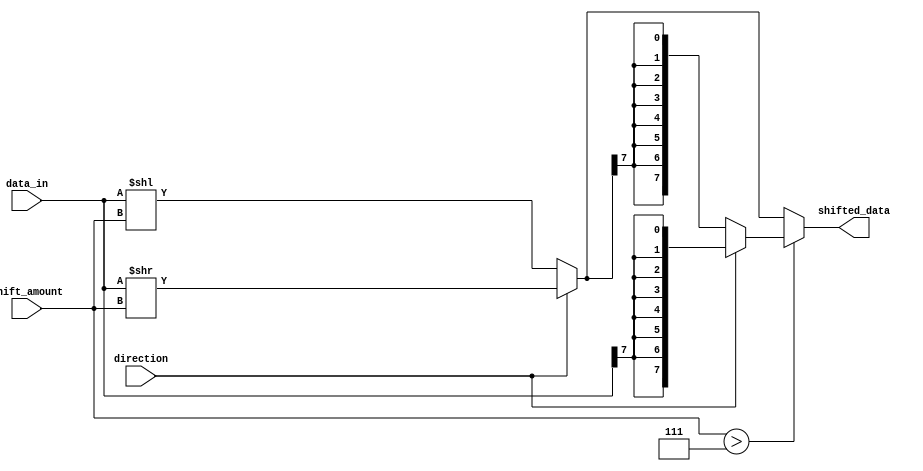
module BarrelShifter (
    input [7:0] data_in,
    input [2:0] shift_amount,
    input direction, // 0 for left shift, 1 for right shift
    output reg [7:0] shifted_data
 );

 reg [7:0] shifted_data_temp;

 always @(*) begin
     if (direction == 0) begin // left shift
         shifted_data_temp = (data_in << shift_amount);
     end else begin // right shift
         shifted_data_temp = (data_in >> shift_amount);
     end
     
     if (shift_amount > 7) begin
         if (direction == 0) begin // left shift with sign extension
             shifted_data = {8{shifted_data_temp[7]}};
         end else begin // right shift with sign extension
             shifted_data = {8{data_in[7]}};
         end
     end else begin
         shifted_data = shifted_data_temp;
     end
 end

endmodule